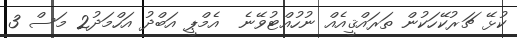
ކުޅޭ ޗަރުކޭހަކުން ތަރައްޤީއެއް ނުހުއްޓުވޭނެ  އެމްޕީ އަބްދު އަހްމަދު2 މަސް 3